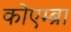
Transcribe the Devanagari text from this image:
कोएम्ब्रा